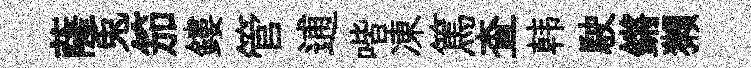
薩兎笳鏤管逋喈凍篤查韩駛鏘獺